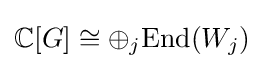
\mathbb {C} [G]\cong \oplus _{j}{\text{End}}(W_{j})